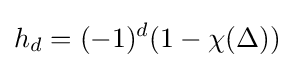
h_{d}=(-1)^{d}(1-\chi (\Delta ))